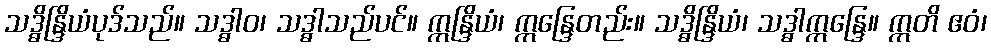
သဒ္ဓိန္ဒြိယံပုဒ်သည်။ သဒ္ဓါဝ၊ သဒ္ဓါသည်ပင်။ ဣန္ဒြိယံ၊ ဣန္ဒြေတည်း။ သဒ္ဓိန္ဒြိယံ၊ သဒ္ဓါဣန္ဒြေ။ ဣတိ ဧဝံ၊